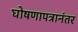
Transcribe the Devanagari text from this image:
घोषणापत्रानंतर